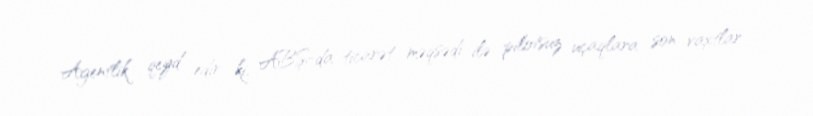
Agentlik qeyd edir ki, ABŞ-da ticarət məqsədi ilə pilotsuz uçaqlara son vaxtlar